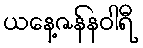
ယနေ့ဇန်နဝါရီ